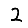
Digit: 2